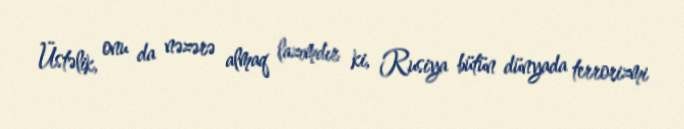
Üstəlik, onu da nəzərə almaq lazımdır ki, Rusiya bütün dünyada terrorizmi